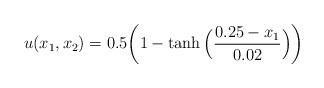
LaTeX: \begin{align*}u(x_1,x_2)=0.5\bigg(1-\tanh\Big(\frac{0.25-x_1}{0.02}\Big)\bigg)\end{align*}